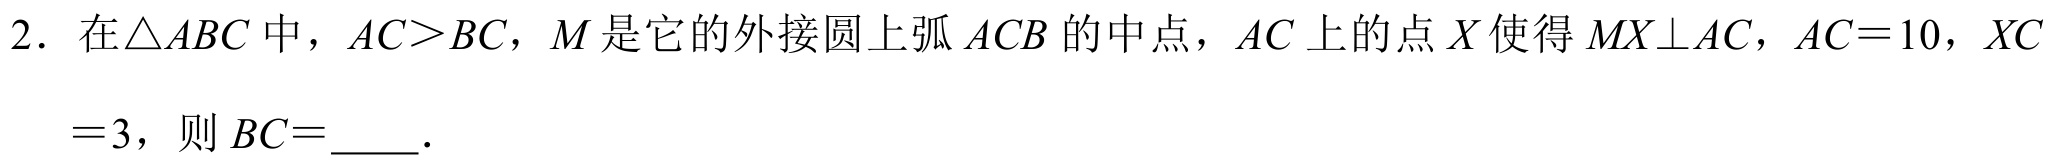
2. 在\(\triangle ABC\) 中，\(AC>BC\)，\(M\) 是它的外接圆上弧 \(ACB\) 的中点，\(AC\) 上的点 \(X\) 使得 \(MX\perp AC\)，\(AC = 10\)，\(XC=3\)，则 \(BC=\underline{\quad\quad}\).